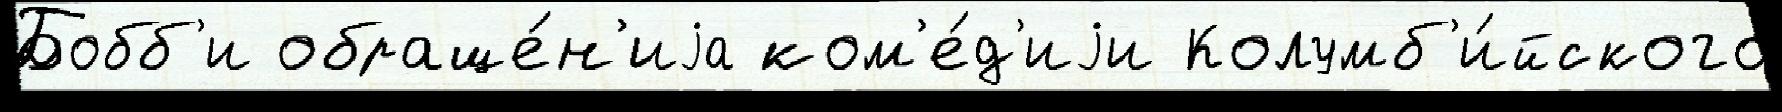
Бобб'и обраще́н'иjа ком'е́д'иjи Колумб'и́йского